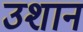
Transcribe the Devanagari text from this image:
उशान